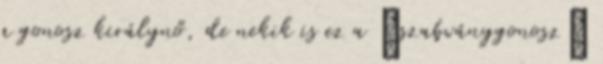
a gonosz királynő, de nekik is ez a “szabványgonosz”